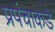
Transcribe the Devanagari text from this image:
प्रपंचाकडे